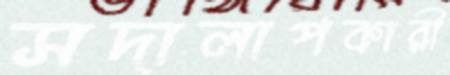
সদালাপকারী